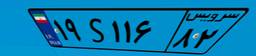
۱۹S۱۱۶۸۲